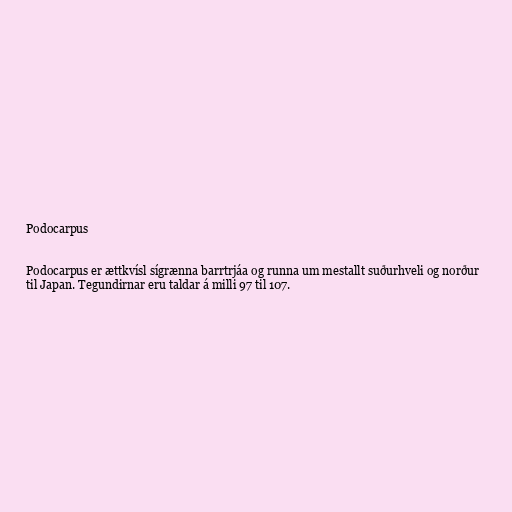
Podocarpus

Podocarpus er ættkvísl sígrænna barrtrjáa og runna um mestallt suðurhveli og norður
til Japan. Tegundirnar eru taldar á milli 97 til 107.